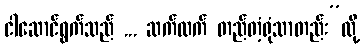
ငါဆောင်ရွက်သည် ... ဆက်လက် တည်တံ့ရုံသာတည်း”လို့